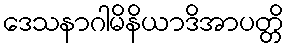
ဒေသနာဂါမိနိယာဒိအာပတ္တိ